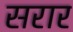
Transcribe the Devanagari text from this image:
सरार